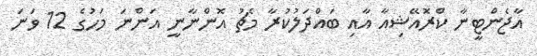
އާޖެންޓީނާ ކްރޮއޭޝިއާ އާއި ބައްދަލުކުރާ މެޗު އޮންނާނީ އަންނަ މަހުގެ 12 ވަނަ